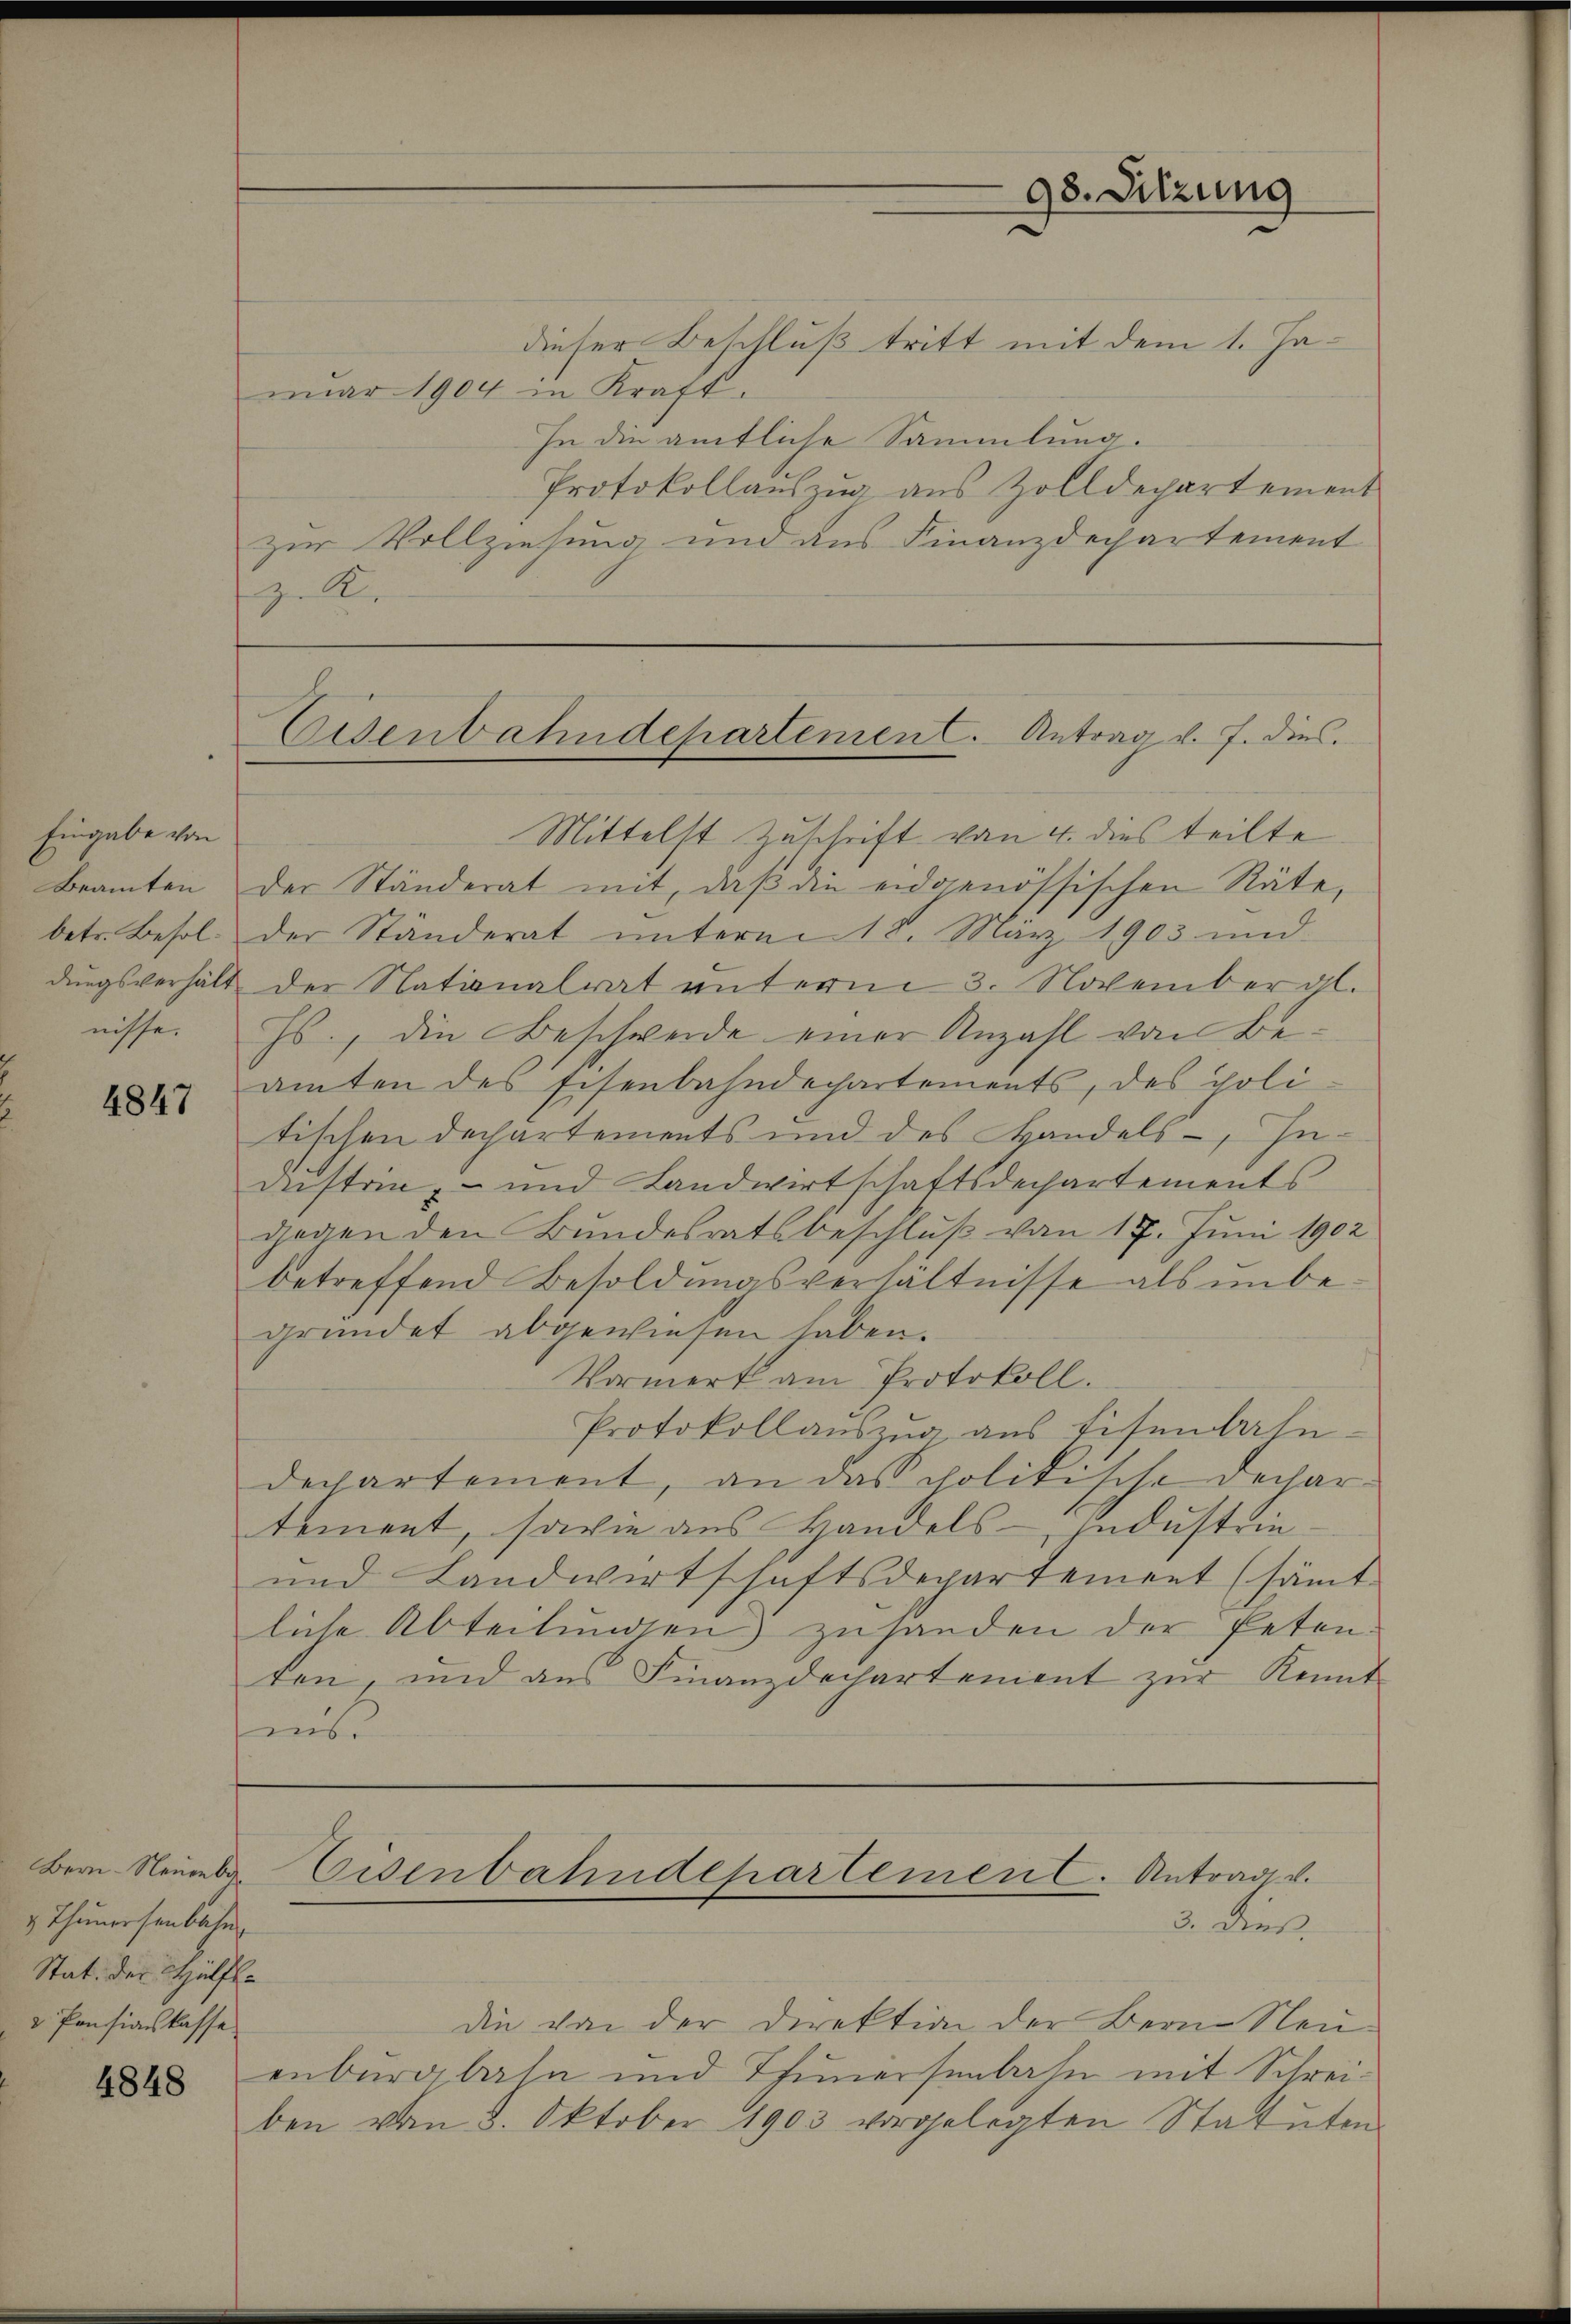
Eingabe von
dungsverhält
nisse.

4847

v Thunersenbahn
Stat. der Hülfs¬
3 Pensionskasse

4848

dieser Beschluß tritt mit dem 1. Januar 1904 in Kraft.
In die amtliche Sammlung.
Protokollauszug aus Zolldepartement
zur Vollziehung und aus Finanzdechartement
z.

Mittelst Zuschrift von 4. dies teilte
Beamten der Ständerat mit, daß die eidgenössischen Räte,
betr. Besol der Ständerat unterm 18. März 1903 und
der Nationalrat unterm 3. November al
Js., die Beschwerde einer Anzahl von Beamten des Eisenbahndechartements, des poli-
tischen Dechartements und des Handels Industria-- und Landwirtschaftsdechartements
gegen den Bundesratsbeschluß vom 17. Juni 1902
betreffend Besoldungsverhältnisse als unbegründet abgewiesen haben.
Vormerk am Protokoll.
Protokollauszug aus Eisenbahn-
departement, an das politische Dechartement, sowie aus Handels-Industrin¬
und Landwirtschaftsdepartement (sämt
liche Abteilŭngen zusanden der Peten-
ten, und aus Finanzdechartement zur Kennt
ins.

98. Sitzung

Eisenbahndepartemen C. Antrag v. J. dies.

Bern. Neue Eisenbahndepartement. Antrag v.
3. Dies

die von der Direktion der Bern Neuenburgbahn und Thunersenbahn mit Schreiben vom 8. Oktober 1903 vorgelegten Statuten